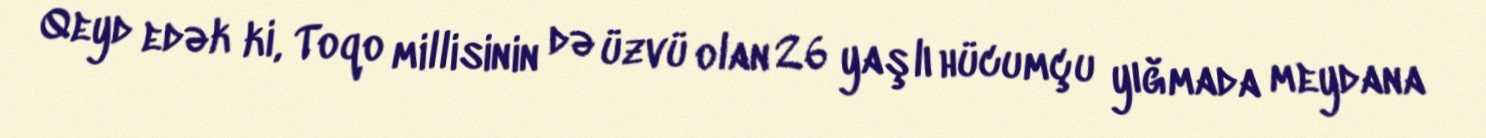
Qeyd edək ki, Toqo millisinin də üzvü olan 26 yaşlı hücumçu yığmada meydana